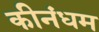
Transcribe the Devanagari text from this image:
कीनंधम